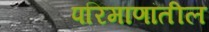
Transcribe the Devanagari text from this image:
परिमाणांतील